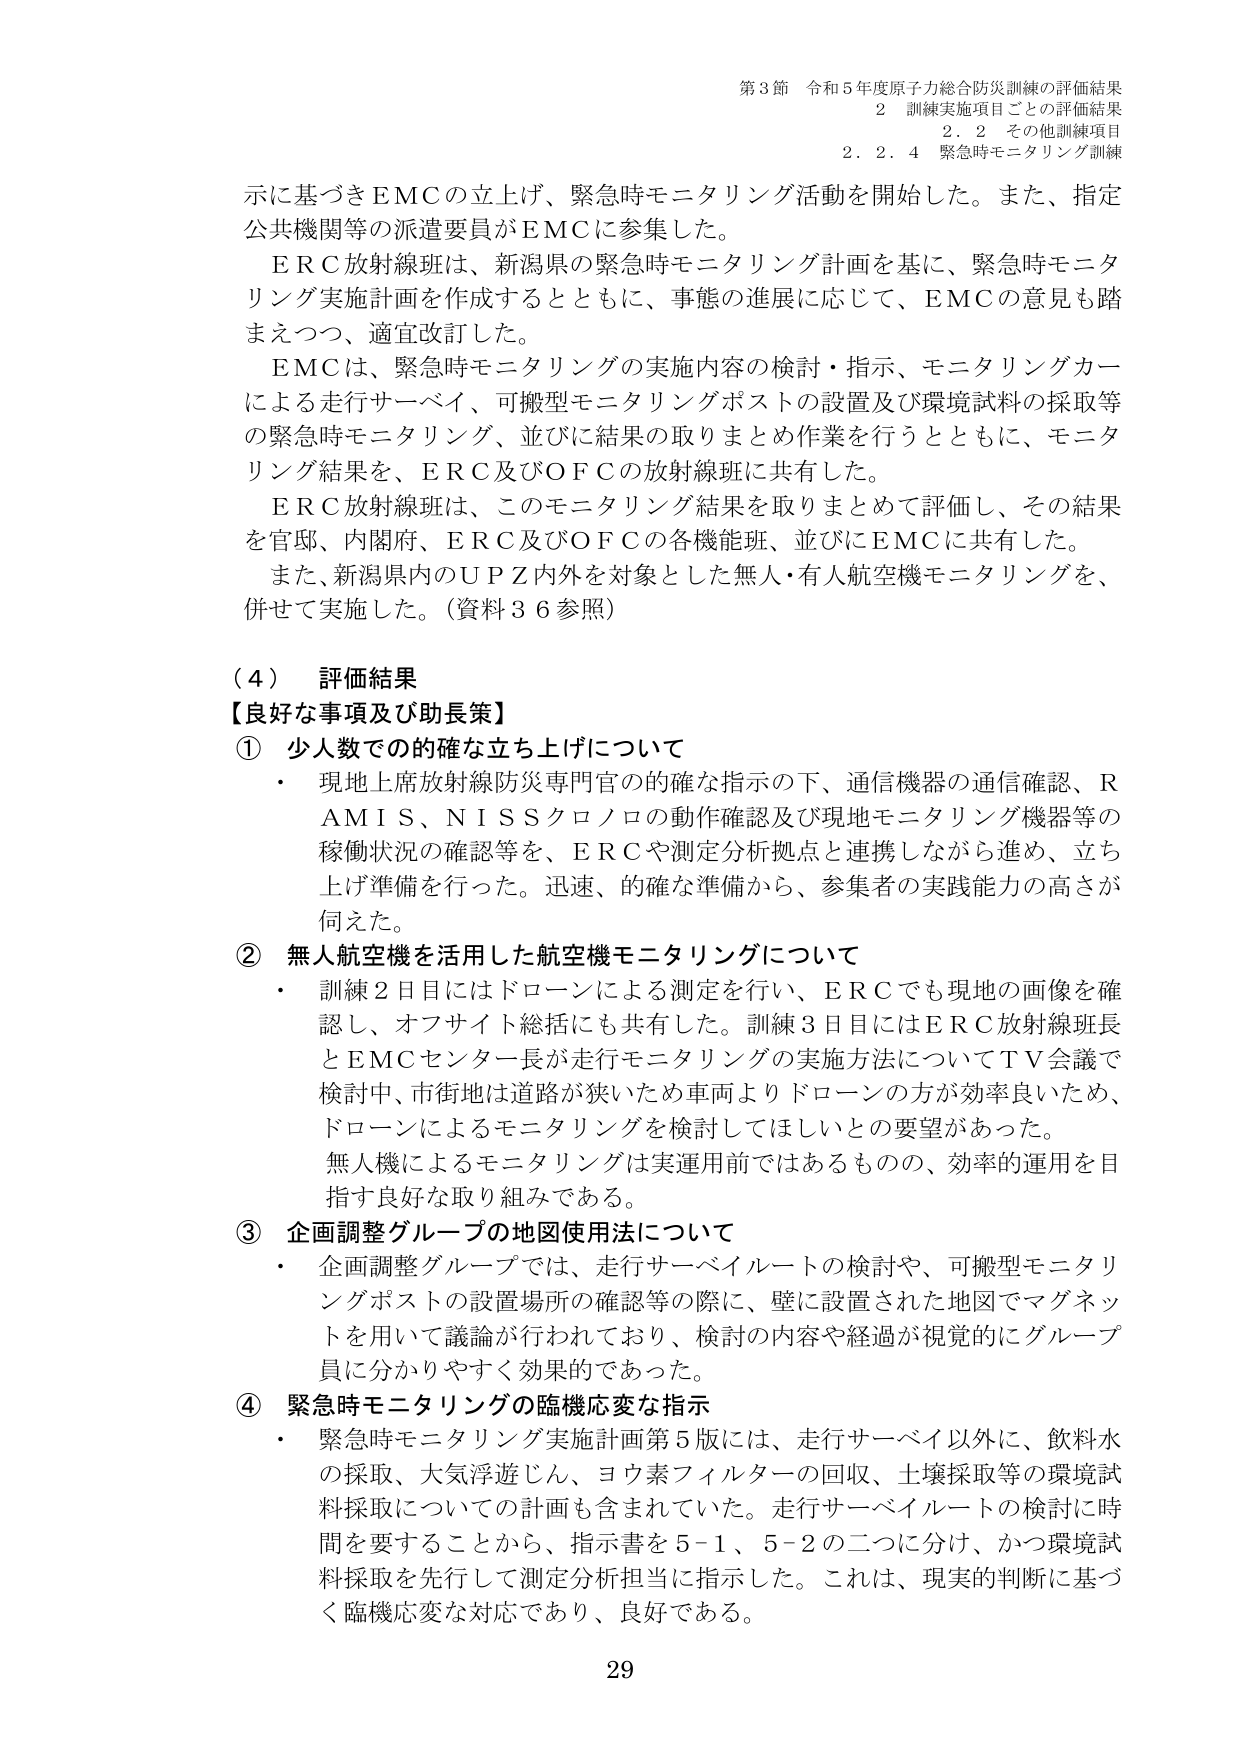
第3節 令和5年度原子力総合防災訓練の評価結果
2 訓練実施項目ごとの評価結果
2.2 その他訓練項目
2.2.4 緊急時モニタリング訓練

示に基づきEMCの立上げ、緊急時モニタリング活動を開始した。また、指定公共機関等の派遣要員がEMCに参集した。
ERC放射線班は、新潟県の緊急時モニタリング計画を基に、緊急時モニタリング実施計画を作成するとともに、事態の進展に応じて、EMCの意見も踏まえつつ、適宜改訂した。
EMCは、緊急時モニタリングの実施内容の検討・指示、モニタリングカーによる走行サーベイ、可搬型モニタリングポストの設置及び環境試料の採取等の緊急時モニタリング、並びに結果の取りまとめ作業を行うとともに、モニタリング結果を、ERC及びOFCの放射線班に共有した。
ERC放射線班は、このモニタリング結果を取りまとめて評価し、その結果を官邸、内閣府、ERC及びOFCの各機能班、並びにEMCに共有した。
また、新潟県内のUPZ内外を対象とした無人・有人航空機モニタリングを、併せて実施した。（資料36参照）

（4）評価結果
【良好な事項及び助長策】
① 少人数での的確な立ち上げについて
・ 現地主席放射線防災専門官の的確な指示の下、通信機器の通信確認、RAMIS、NISSクロノロの動作確認及び現地モニタリング機器等の稼働状況の確認等を、ERCや測定分析拠点と連携しながら進め、立ち上げ準備を行った。迅速、的確な準備から、参集者の実践能力の高さが伺えた。
② 無人航空機を活用した航空機モニタリングについて
・ 訓練2日目にはドローンによる測定を行い、ERCでも現地の画像を確認し、オフサイト総括にも共有した。訓練3日目にはERC放射線班長とEMCセンター長が走行モニタリングの実施方法についてTV会議で検討中、市街地は道路が狭いため車両よりドローンの方が効率良いため、ドローンによるモニタリングを検討してほしいとの要望があった。
無人機によるモニタリングは実運用前ではあるものの、効率的運用を目指す良好な取り組みである。
③ 企画調整グループの地図使用法について
・ 企画調整グループでは、走行サーベイルートの検討や、可搬型モニタリングポストの設置場所の確認等の際に、壁に設置された地図でマグネットを用いて議論が行われており、検討の内容や経過が視覚的にグループ員に分かりやすく効果的であった。
④ 緊急時モニタリングの臨機応変な指示
・ 緊急時モニタリング実施計画第5版には、走行サーベイ以外に、飲料水の採取、大気浮遊じん、ヨウ素フィルターの回収、土壌採取等の環境試料採取についての計画も含まれていた。走行サーベイルートの検討に時間を要することから、指示書を5-1、5-2の二つに分け、かつ環境試料採取を先行して測定分析担当に指示した。これは、現実的判断に基づく臨機応変な対応であり、良好である。

29